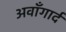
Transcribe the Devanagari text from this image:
अवाँगार्द